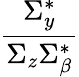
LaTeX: \frac{\Sigma_{y}^{*}}{\Sigma_{z}\Sigma_{\beta}^{*}}